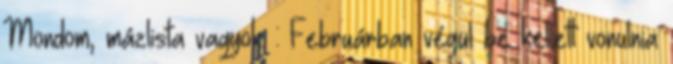
Mondom, mázlista vagyok. : Februárban végül be kellett vonulnia